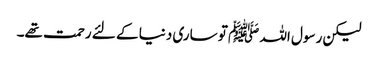
لیکن رسول اللہ ﷺ تو ساری دنیا کے لئے رحمت تھے۔